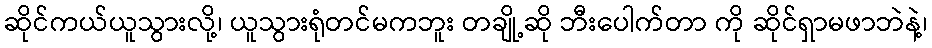
ဆိုင်ကယ်ယူသွားလို့၊ ယူသွားရုံတင်မကဘူး တချို့ဆို ဘီးပေါက်တာ ကို ဆိုင်ရှာမဖာဘဲနဲ့၊